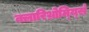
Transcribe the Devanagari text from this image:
क्लारिथ्रोम्य्सिं